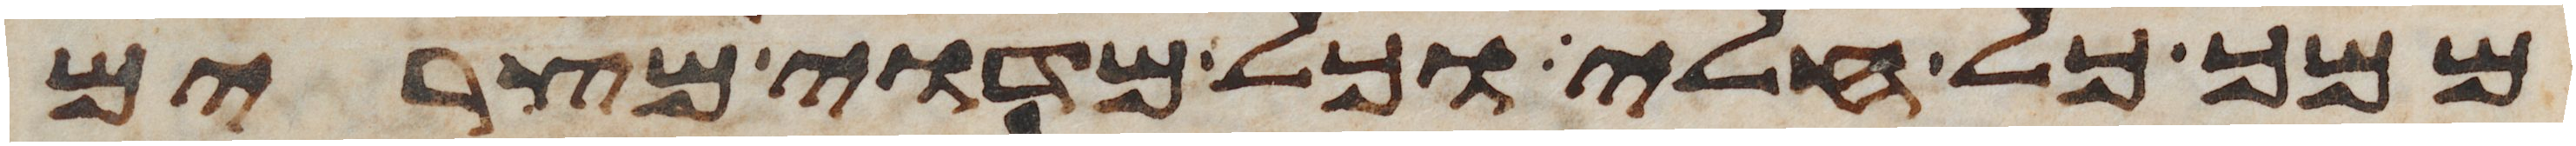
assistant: ממך כל חלי וכל מדוי מצרים